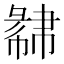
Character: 𢑩